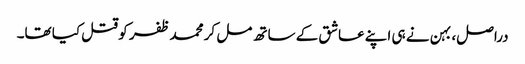
دراصل، بہن نے ہی اپنے عاشق کے ساتھ مل کر محمد ظفر کو قتل کیا تھا۔